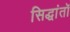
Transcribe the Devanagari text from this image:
सिद्धांतॉ